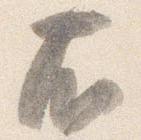
右